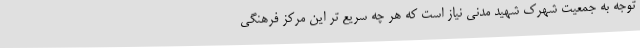
توجه به جمعیت شهرک شهید مدنی نیاز است که هر چه سریع تر این مرکز فرهنگی